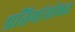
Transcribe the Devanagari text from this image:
प्रतिमांसोबत